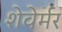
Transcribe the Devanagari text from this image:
शेवेर्मर